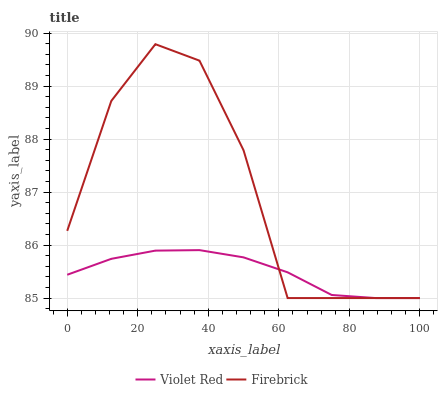
| xaxis_label | Violet Red | Firebrick |
 | --- | --- | --- |
 | 0 | 85.4 | 86.3 |
 | 12.5 | 85.7 | 88.7 |
 | 25 | 85.9 | 89.8 |
 | 37.5 | 85.9 | 89.5 |
 | 50 | 85.8 | 87.8 |
 | 62.5 | 85.5 | 85 |
 | 75 | 85.1 | 85 |
 | 87.5 | 85 | 85 |
 | 100 | 85 | 85 |